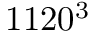
1 1 2 0 ^ { 3 }